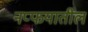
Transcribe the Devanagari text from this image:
नप्फयातील